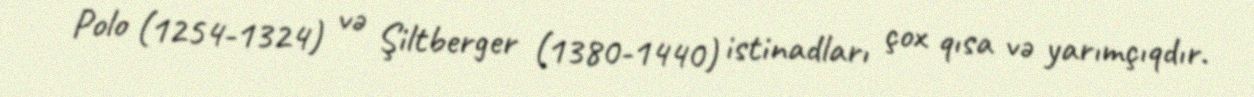
Polo (1254-1324) və Şiltberger (1380-1440) istinadları çox qısa və yarımçıqdır.